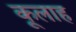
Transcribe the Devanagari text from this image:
कूलाह